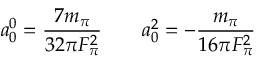
a _ { 0 } ^ { 0 } = { \frac { 7 m _ { \pi } } { 3 2 \pi F _ { \pi } ^ { 2 } } } \qquad a _ { 0 } ^ { 2 } = - { \frac { m _ { \pi } } { 1 6 \pi F _ { \pi } ^ { 2 } } }